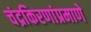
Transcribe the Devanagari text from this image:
चंद्रकिरणांप्रमाणे